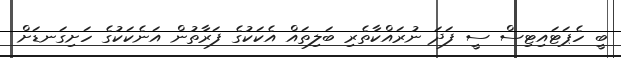
ބީ ހެޕަޓައިޓިސް ސީ ފަދަ ނުރައްކާތެރި ބަލިތައް އެކަކުގެ ފަރާތުން އަނެކަކުގެ ހަށިގަނޑަށް